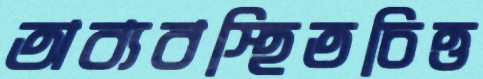
অব্যবস্হিতচিত্ত